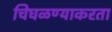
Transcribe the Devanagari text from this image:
चिघळण्याकरता